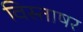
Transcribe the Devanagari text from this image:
विस्ताषर